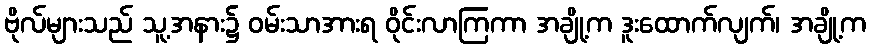
ဗိုလ်များသည် သူ့အနား၌ ဝမ်းသာအားရ ဝိုင်းလာကြကာ အချို့က ဒူးထောက်လျက်၊ အချို့က